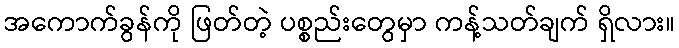
အကောက်ခွန်ကို ဖြတ်တဲ့ ပစ္စည်းတွေမှာ ကန့်သတ်ချက် ရှိလား။